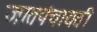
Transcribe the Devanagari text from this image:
जातपंचायती